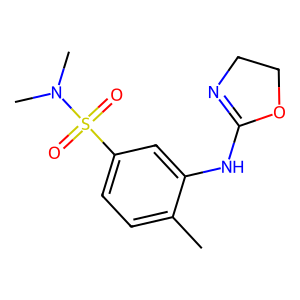
SMILES: Cc1ccc(S(=O)(=O)N(C)C)cc1NC1=NCCO1
Inhibits HIV replication: No